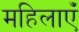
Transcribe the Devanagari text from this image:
महिलाएंँ